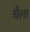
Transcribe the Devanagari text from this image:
यैला